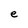
Character: e